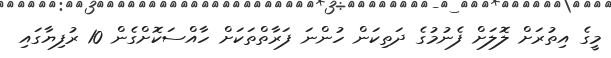
މީގެ އިތުރަށް ލޮލަށް ފެނުމުގެ ދަތިކަން ހުންނަ ފަރާތްތަކަށް ހާއްސަކޮށްގެން 10 ރުފިޔާގައި